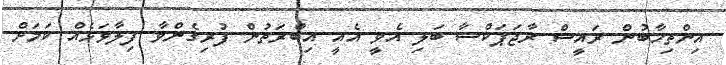
އިންތިޚާބުން ރައީސް ރާޖަޕަކްސާ ބަލި އެވީ އެއީ އިބްރަތުން ފުރިގެންވާ ފިލާވަޅެއް ކަމަށް